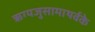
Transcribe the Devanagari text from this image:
ऋग्यजुसामाथर्वके